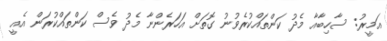
އަމީރު: ސާހިބާއާ މެދު ކަންތައްކުރެވުނު ގޮތަށް އަހަރެންނާ މެދު ވެސް ކަންތައްކުރަން އެއީ